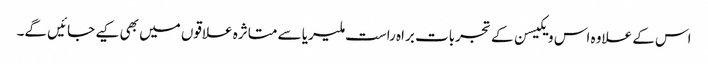
اس کے علاوہ اس ویکیسن کے تجربات براہ راست ملیریا سے متاثرہ علاقوں میں بھی کیے جائیں گے۔